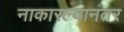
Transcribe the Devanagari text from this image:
नाकारल्यानंतर